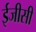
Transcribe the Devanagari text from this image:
ईजीसी